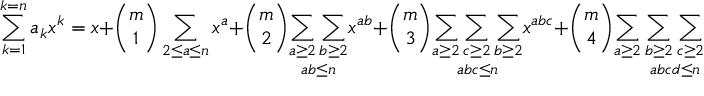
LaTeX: \sum _ { k = 1 } ^ { k = n } a _ { k } x ^ { k } = x + { \binom { m } { 1 } } \sum _ { 2 \leq a \leq n } x ^ { a } + { \binom { m } { 2 } } { \underset { a b \leq n } { \sum _ { a \geq 2 } \sum _ { b \geq 2 } } } x ^ { a b } + { \binom { m } { 3 } } { \underset { a b c \leq n } { \sum _ { a \geq 2 } \sum _ { c \geq 2 } \sum _ { b \geq 2 } } } x ^ { a b c } + { \binom { m } { 4 } } { \underset { a b c d \leq n } { \sum _ { a \geq 2 } \sum _ { b \geq 2 } \sum _ { c \geq 2 } \sum _ { d \geq 2 } } } x ^ { a b c d } + \cdots